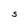
Character: S